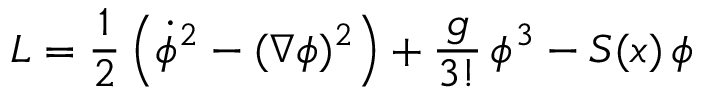
{ \cal L } = \frac 1 2 \left( \dot { \phi } ^ { 2 } - ( \nabla \phi ) ^ { 2 } \right) + \frac { g } { 3 ! } \, \phi ^ { 3 } - S ( x ) \, \phi